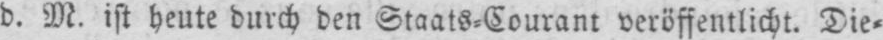
d. M. ist heute durch den Staats⸗Courant veröffentlicht. Die⸗